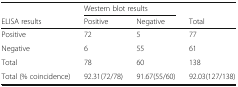
<table><thead><tr><td>[EMPTY_CELL]</td><td colspan="2"><b>Western blot results</b></td><td>[EMPTY_CELL]</td></tr><tr><td><b>ELISA results</b></td><td><b>Positive</b></td><td><b>Negative</b></td><td><b>Total</b></td></tr></thead><tbody><tr><td>Positive</td><td>72</td><td>5</td><td>77</td></tr><tr><td>Negative</td><td>6</td><td>55</td><td>61</td></tr><tr><td>Total</td><td>78</td><td>60</td><td>138</td></tr><tr><td>Total (% coincidence)</td><td>92.31(72/78)</td><td>91.67(55/60)</td><td>92.03(127/138)</td></tr></tbody></table>